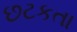
છટકતા